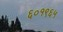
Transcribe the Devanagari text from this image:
६०१९६५